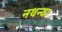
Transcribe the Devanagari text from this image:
नथन्या